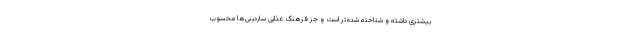
بیشتری داشته و شناخته شده‌تر است و جز فرهنگ غذایی ساردینی‌ها محسوب